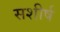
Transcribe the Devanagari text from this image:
सशीर्ष